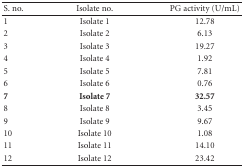
| S. no. | Isolate no. | PG activity (U/mL) |
 | --- | --- | --- |
 | 1 | Isolate 1 | 12.78 |
 | 2 | Isolate 2 | 6.13 |
 | 3 | Isolate 3 | 19.27 |
 | 4 | Isolate 4 | 1.92 |
 | 5 | Isolate 5 | 7.81 |
 | 6 | Isolate 6 | 0.76 |
 | 7 | Isolate 7 | 32.57 |
 | 8 | Isolate 8 | 3.45 |
 | 9 | Isolate 9 | 9.67 |
 | 10 | Isolate 10 | 1.08 |
 | 11 | Isolate 11 | 14.10 |
 | 12 | Isolate 12 | 23.42 |